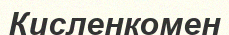
Кисленкомен